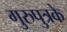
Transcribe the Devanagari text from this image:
गुरुपुत्रके